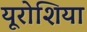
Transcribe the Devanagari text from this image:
यूरोशिया